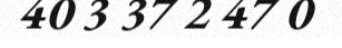
40 3 37 2 47 0